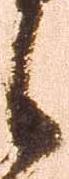
候